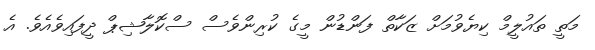
މަތީ ތައުލީމް ކިޔެވުމަށް ޒަކާތް ފަންޑުން މީގެ ކުރިންވެސް ސްކޮލާޝިޕް ދީފައިވެއެވެ. އެ